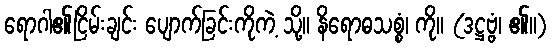
ရောဂါ၏ငြိမ်းချင်း ပျောက်ခြင်းကိုကဲ့ သို့။ နိရောဓသစ္စံ၊ ကို။ (ဒဋ္ဌဗ္ဗံ၊ ၏။)